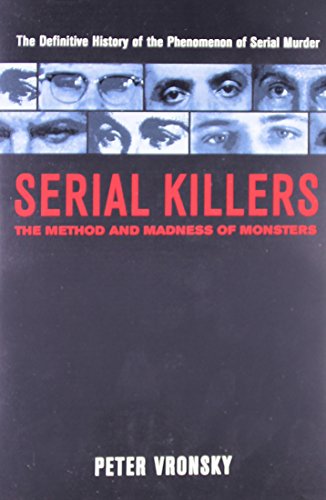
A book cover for Serial Killers: The Method and Madness of Monsters; Peter Vronsky; Biographies & Memoirs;